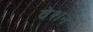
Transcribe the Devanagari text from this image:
वेशन